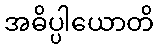
အဓိပ္ပါယောတိ